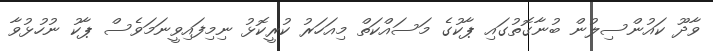
ވާދޫ ކައުންސިލުން ބުނާގޮތުގައި ޕާކުގެ މަސައްކަތް މިއަހަރު ކުރީކޮޅު ނިމިފައިވީނަމަވެސް ޕާކު ނުހުޅުވާ